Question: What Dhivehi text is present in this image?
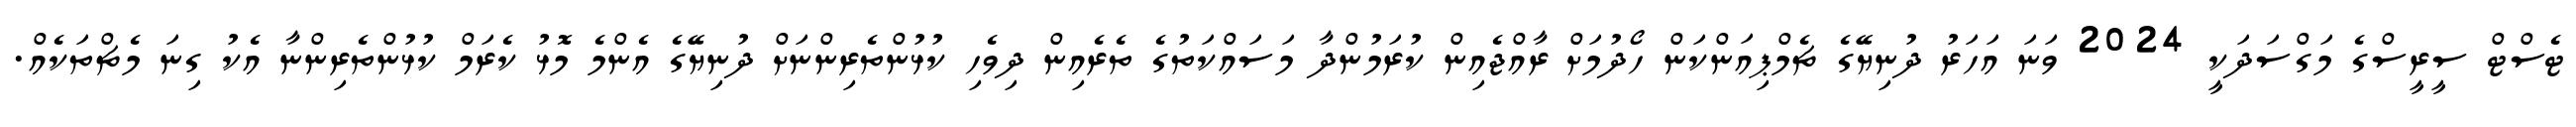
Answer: ޓެސްޓް ސީރީސްގެ މަގްސަދަކީ 2024 ވަނަ އަހަރު ދުނިޔޭގެ ޗެމްޕިއަންކަން ހޯދުމަށް ރާއްޖެއިން ކުރަމުންދާ މަސައްކަތުގެ ތެރެއިން ދިވެހި ކުޅުންތެރިންނަށް ދުނިޔޭގެ އެންމެ މޮޅު ކެރަމް ކުޅުންތެރިންނާ އެކު ގިނަ މެޗްތަކެއް.